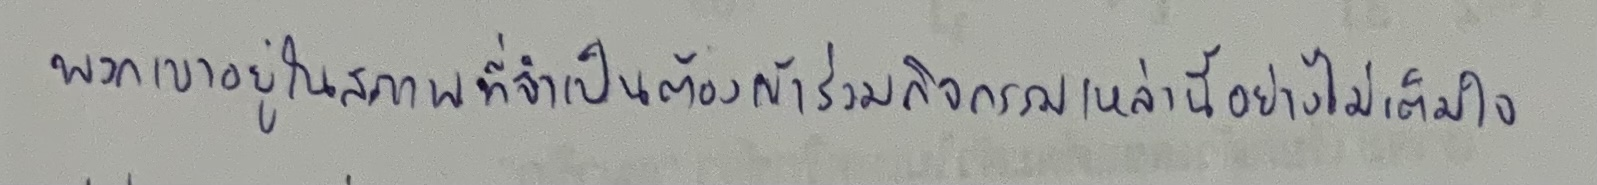
พวกเขาอยู่ในสภาพที่จำต้องเข้าร่วมกิจกรรมเหล่านี้อย่างไม่เต็มใจ